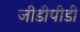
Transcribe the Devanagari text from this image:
जीडीपीडी